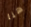
هنا